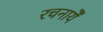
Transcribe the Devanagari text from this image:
रचनायेँ